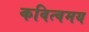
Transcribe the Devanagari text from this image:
कवित्वमय